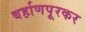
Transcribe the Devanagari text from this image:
बर्हाणपूरकर